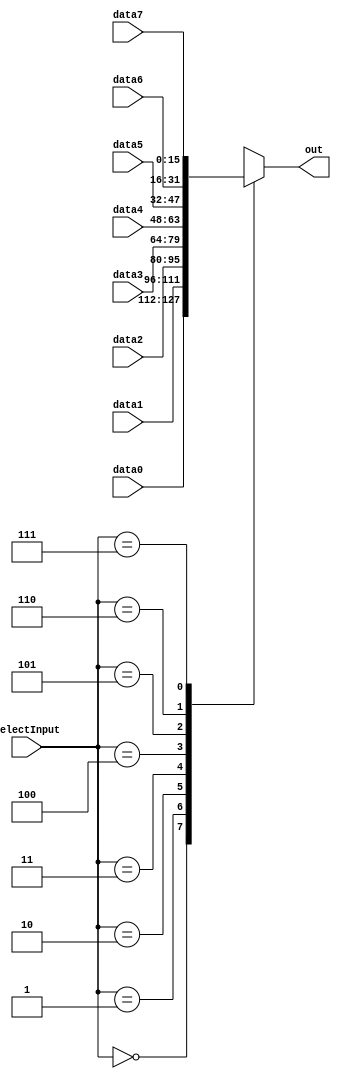
module mux16x8(data0, data1, data2, data3, data4, data5, data6, data7, selectInput, out);  // 8-16bit-input mux

	output reg [15:0] out;
	input  [15:0] data0, data1, data2, data3, data4, data5, data6, data7;
	input  [2:0] selectInput;
	
	always@(data0 or data1 or data2 or data3 or data4 or data5 or data6 or data7 or selectInput) begin
		case(selectInput)
			0: out = data0;
			1: out = data1;
			2: out = data2;
			3: out = data3;
			4: out = data4;
			5: out = data5;
			6: out = data6;
			7: out = data7;
		endcase
	end
	
endmodule